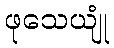
ဖုသေယျုံ